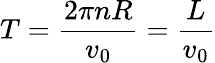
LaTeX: T=\frac{2\pi nR}{v_{0}}=\frac{L}{v_{0}}